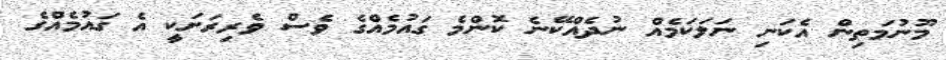
މޫނުމަތިން އެކަނި ނަލަކަމެއް ނުދެއްކޭނެ ކޮންމެ ގައުމެއްގެ ވެސް ވެރިރަށަކީ އެ ގައުމެއްގެ